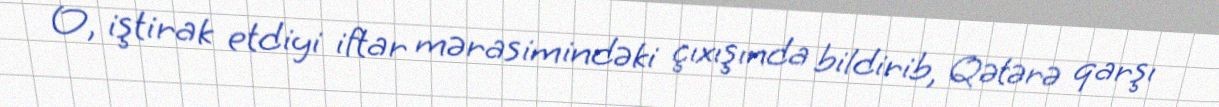
O, iştirak etdiyi iftar mərasimindəki çıxışında bildirib, Qətərə qarşı